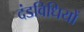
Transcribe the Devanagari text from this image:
दंडविधियों